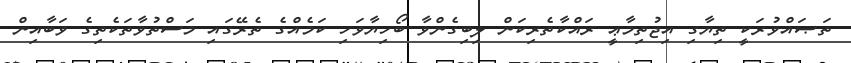
ތަޞައްވުރަކީ ތިޔާގި އިޖުތިމާޢީ ރައްކާތެރިކަން ލިބިގެންވާ ބޯހިޔާވަހި ކަމެއްގެ ތެރޭގައި މަސްތުވާތަކެތިގެ ވަބާއިން